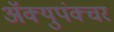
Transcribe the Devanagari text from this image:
ॲक्युपंक्चर